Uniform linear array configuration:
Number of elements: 64
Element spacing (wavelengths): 0.75
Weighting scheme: blackman
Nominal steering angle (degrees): -30
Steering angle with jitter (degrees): -31.199
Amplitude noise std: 0.05
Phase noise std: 0.05

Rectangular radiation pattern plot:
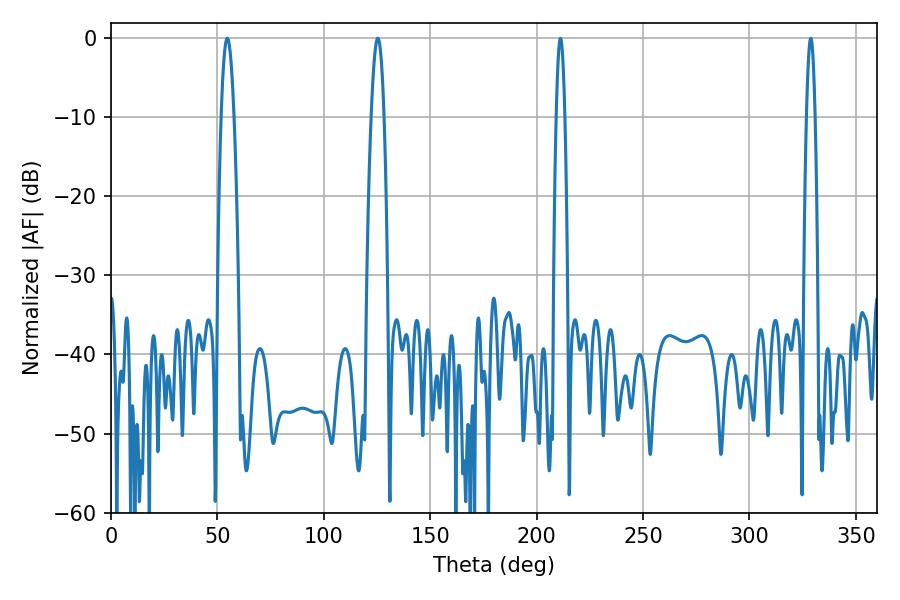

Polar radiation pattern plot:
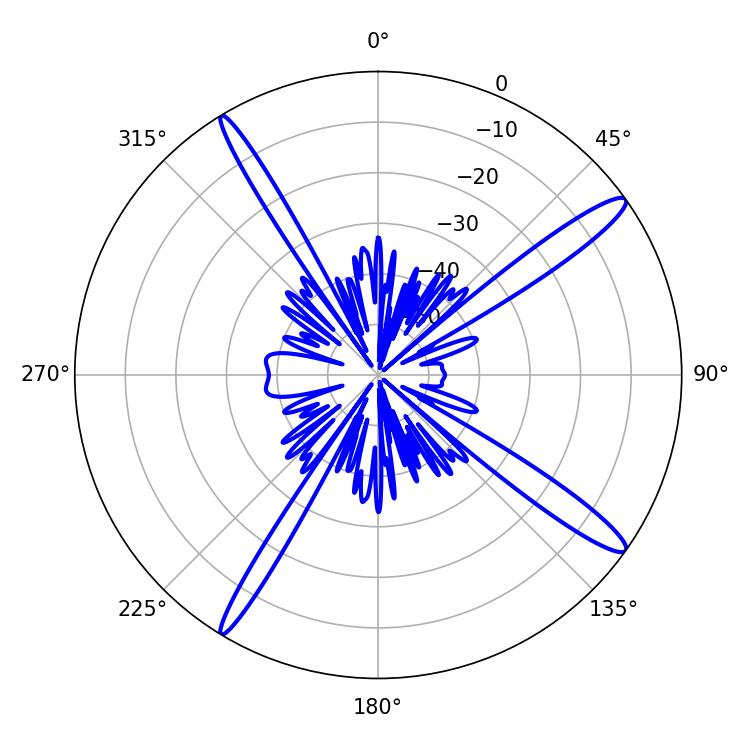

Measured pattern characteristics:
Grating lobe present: TRUE
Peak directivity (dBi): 15.321
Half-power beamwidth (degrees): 2.16
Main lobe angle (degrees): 211.14